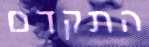
התקדם